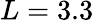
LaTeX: L=3.3